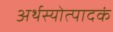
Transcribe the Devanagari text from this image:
अर्थस्योत्पादकं